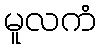
မူလကံ